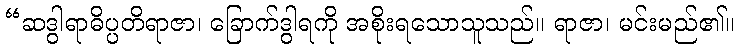
“ဆဒွါရာဓိပ္ပတိရာဇာ၊ ခြောက်ဒွါရကို အစိုးရသောသူသည်။ ရာဇာ၊ မင်းမည်၏။